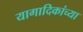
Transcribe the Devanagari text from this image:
यागादिकांच्या